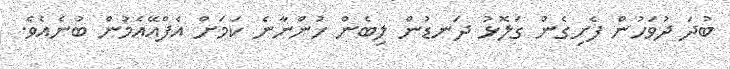
ބުދަ ދުވަހުން ފެށިގެން ގަލޮޅު ދަނޑުން ލިބެން ހުންނާނެ ކަމަށް އެފްއޭއެމުން ބުނެއެވެ.